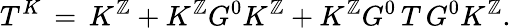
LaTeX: T^{K}\, =\, K^{\mathbb{Z}}+K^{\mathbb{Z}}G^{0}K^{\mathbb{Z}}+K^{\mathbb{Z}}G^{0}\, T\, G^{0}K^{\mathbb{Z}}.